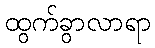
ထွက်ခွာလာရာ